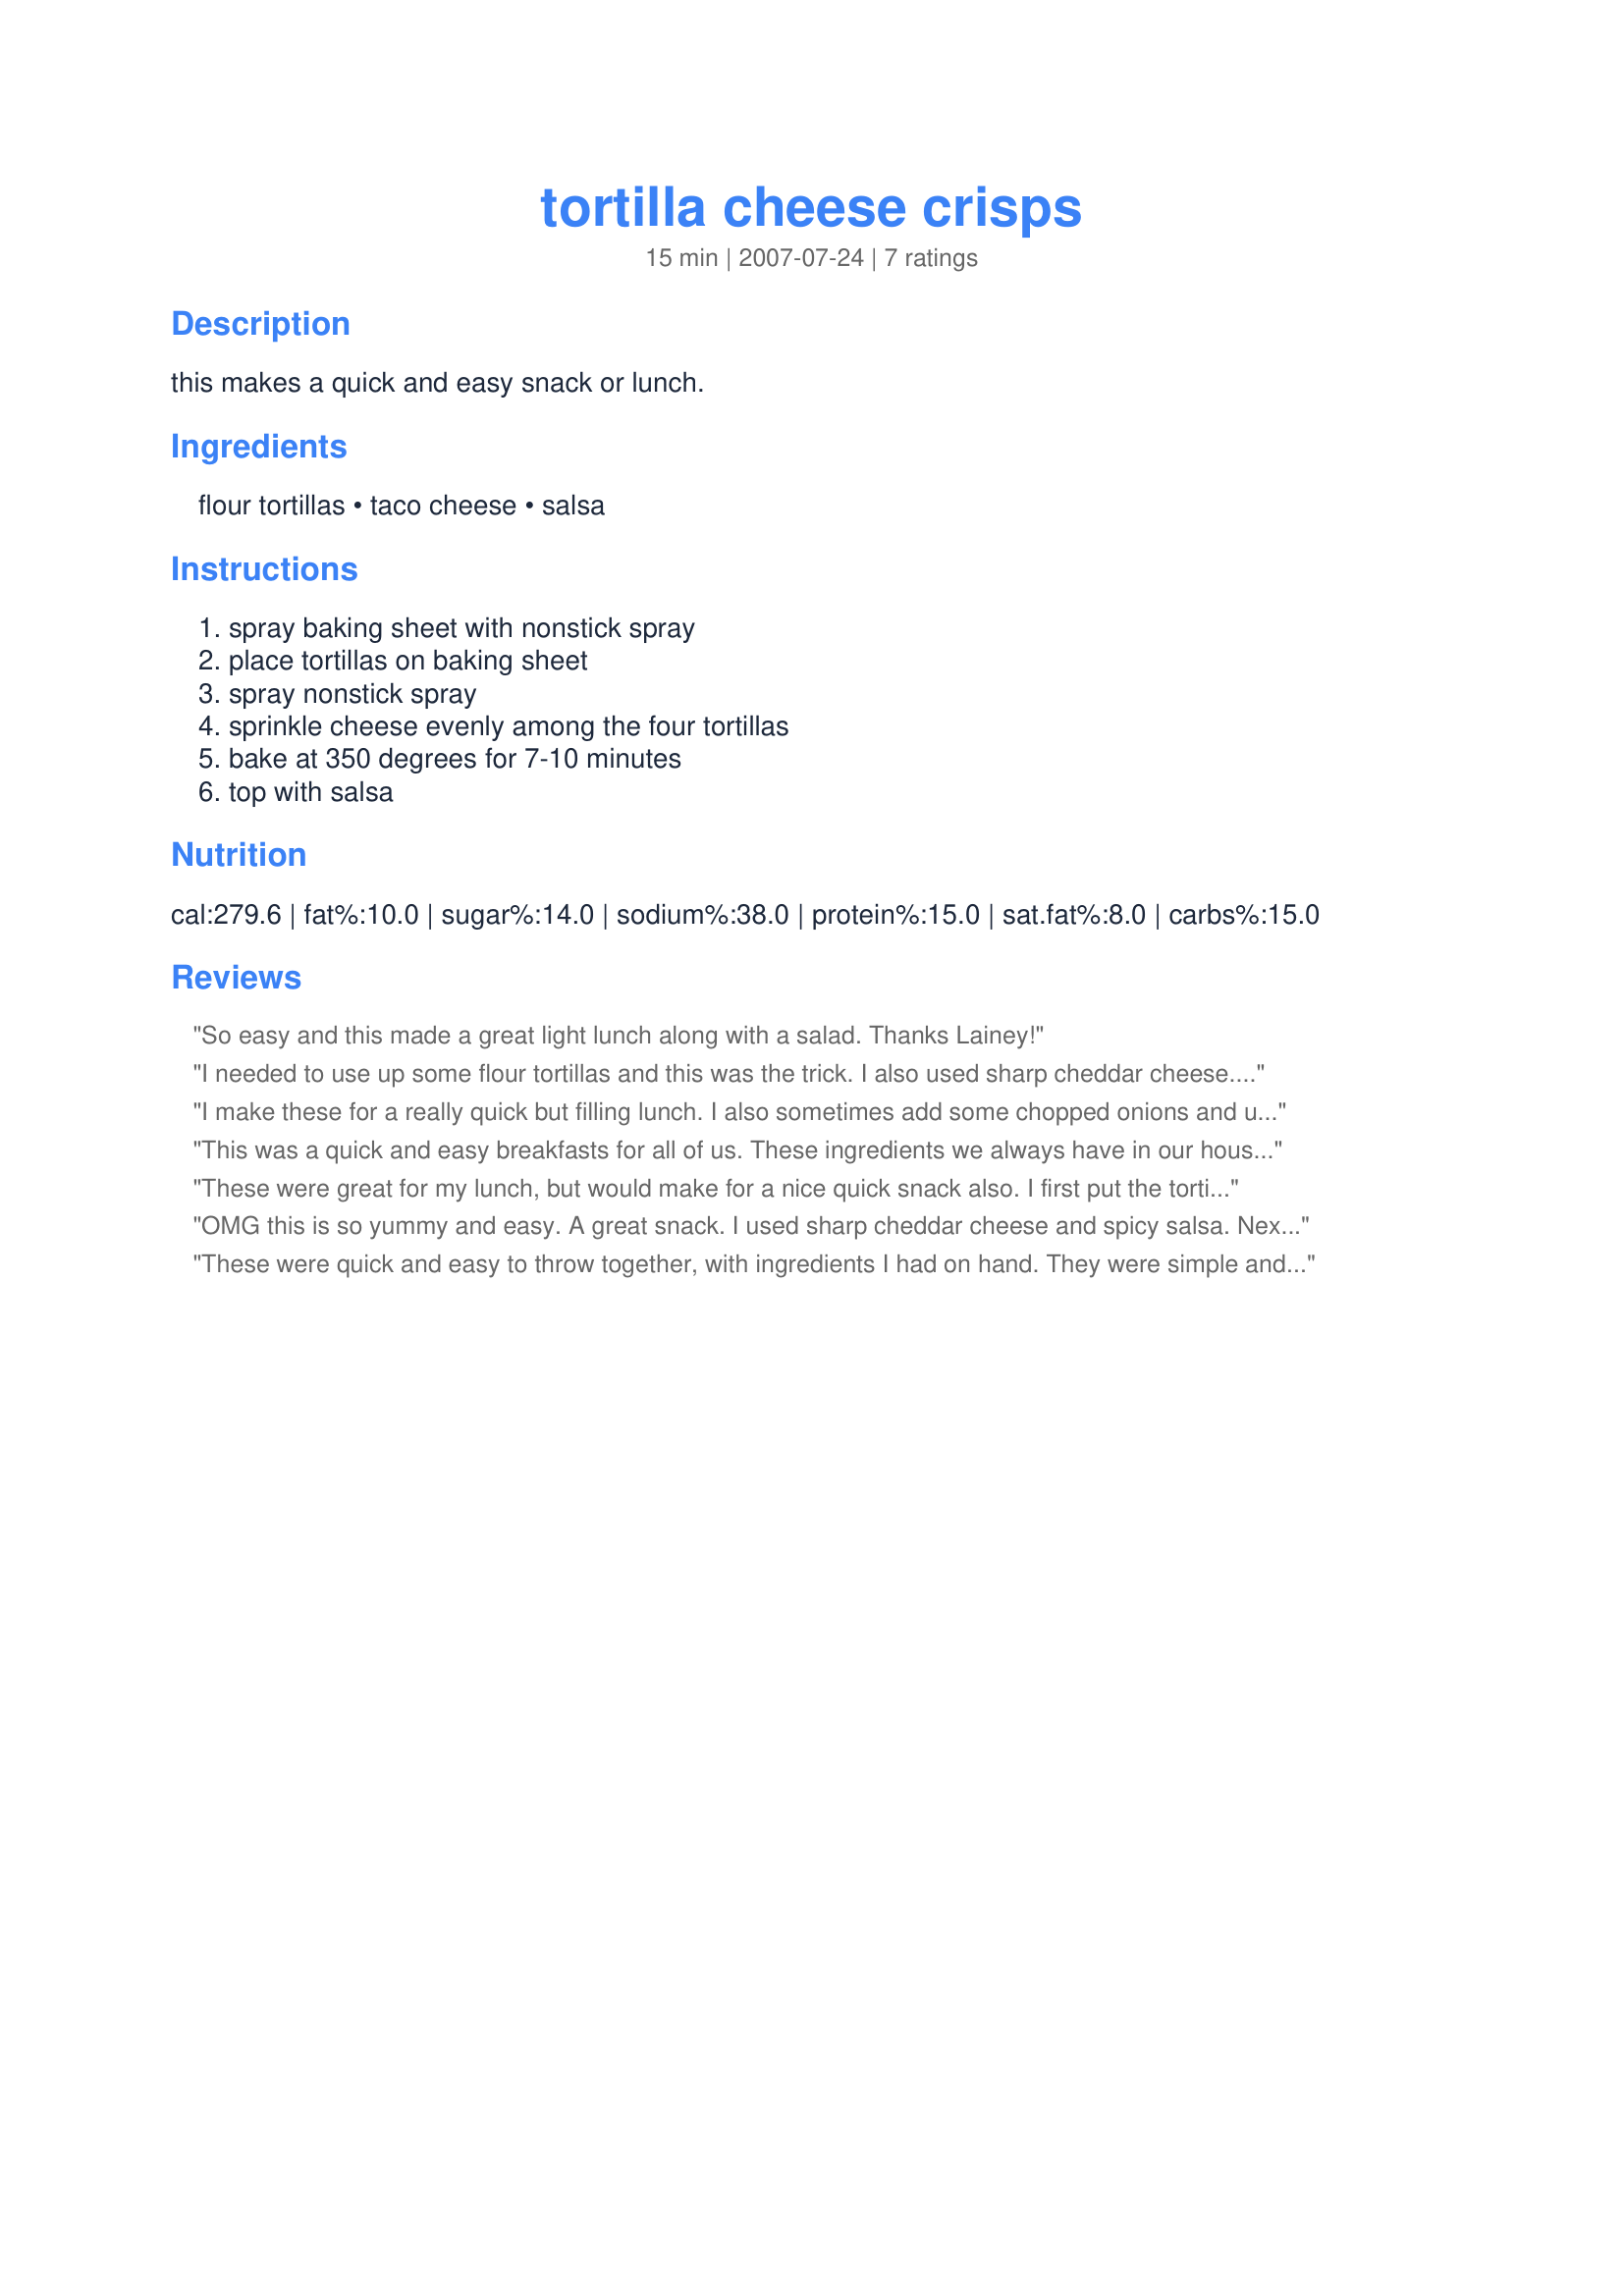
tortilla cheese crisps
Preparation time: 15 minutes

this makes a quick and easy snack or lunch.

Ingredients:
flour tortillas, taco cheese, salsa

Steps:
spray baking sheet with nonstick spray, place tortillas on baking sheet, spray nonstick spray, sprinkle cheese evenly among the four tortillas, bake at 350 degrees for 7-10 minutes, top with salsa

Reviews:
So easy and this made a great light lunch along with a salad. Thanks Lainey!
I needed to use up some flour tortillas and this was the trick. I also used sharp cheddar cheese. I just wish it was crisper. It was still good though. Made for I Recommend Tag Game 2010.
I make these for a really quick but filling lunch. I also sometimes add some chopped onions and used a medium salsa. I bake them until they are very crispy.
This was a quick and easy breakfasts for all of us. These ingredients we always have in our house. Made for Gimme 5.
These were great for my lunch, but would make for a nice quick snack also. I first put the tortillas in the oven, after spraying them, without the cheese to get them nice and crispy, then added the cheese to melt and served them with the salsa and sour cream. I see alot of possibilities for changing these up with what I have on hand, such as, adding leftover chicken with some onion. Thanks for sharing your recipe Lainey!! Made for PRMR.
OMG this is so yummy and easy. A great snack. I used sharp cheddar cheese and spicy salsa. Next time I'll add green onions on top. Thanks Lainey :) Made for Potluck tag game
These were quick and easy to throw together, with ingredients I had on hand. They were simple and tasty, great for lunch or a snack. Thanks for sharing, Lainey!
